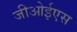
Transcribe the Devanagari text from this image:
जीओईएस